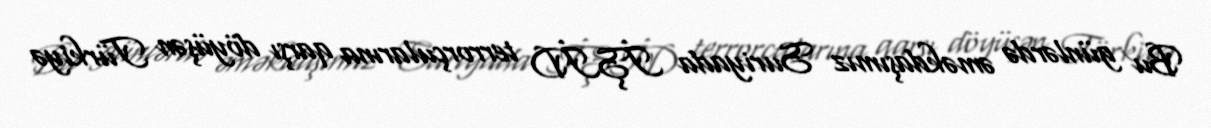
Bu günlərdə əməkdaşımız Suriyada İŞİD terrorçularına qarşı döyüşən Türkiyə